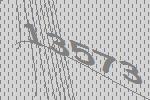
13573